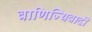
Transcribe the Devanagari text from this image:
वाणिज्यिवादी